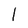
Character: 1